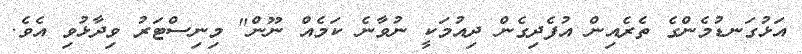
އަޅުގަނޑުމެންގެ ތެރެއިން އުފެދިގެން ދިއުމަކީ ނުވާނެ ކަމެއް ނޫން" މިނިސްޓަރު ވިދާޅުވި އެވެ.